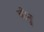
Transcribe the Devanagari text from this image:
बीनु